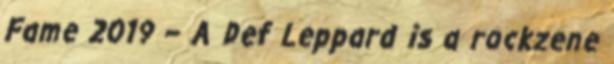
Fame 2019 – A Def Leppard is a rockzene